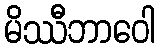
မိဿီဘာဝေါ